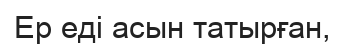
Ер еді асын татырған,